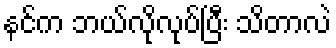
နင်က ဘယ်လိုလုပ်ပြီး သိတာလဲ